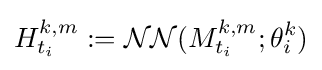
H_{t_{i}}^{k,m}:={\mathcal {NN}}(M_{t_{i}}^{k,m};\theta _{i}^{k})